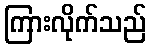
ကြားလိုက်သည်